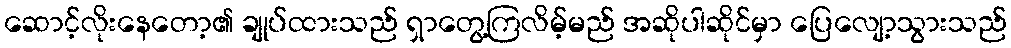
ဆောင့်လိုးနေတော့၏ ချုပ်ထားသည် ရှာတွေ့ကြလိမ့်မည် အဆိုပါဆိုင်မှာ ပြေလျော့သွားသည်